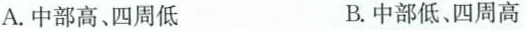
A.中部高、四周低 B.中部低、四周高